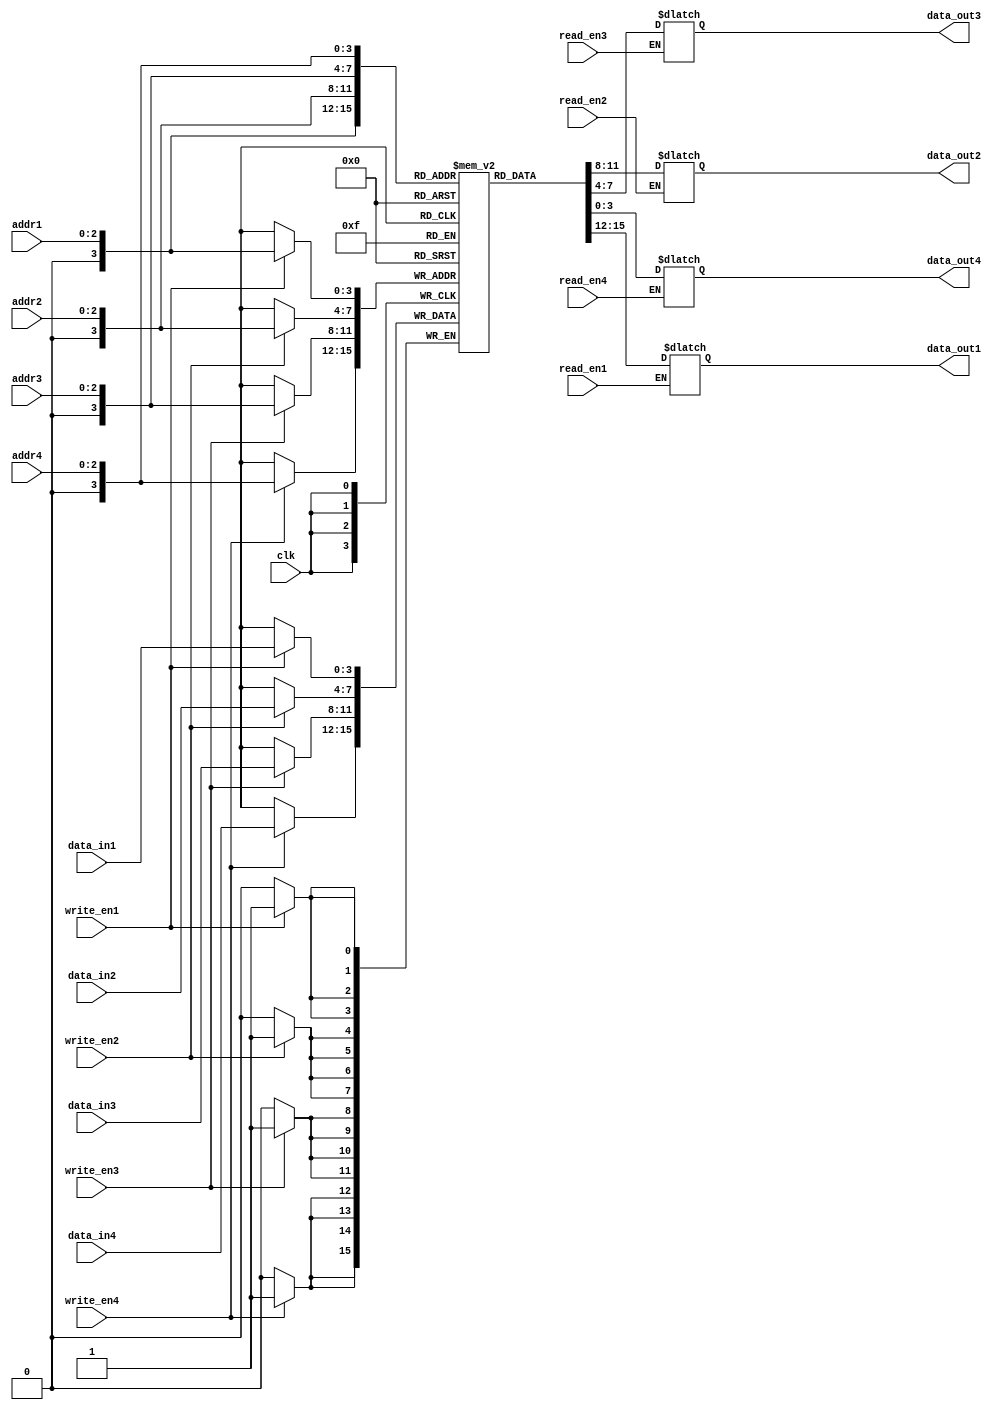
module memory_blocks_quad_port_reg_file (
  input clk,
  input [3:0] data_in1, data_in2, data_in3, data_in4,
  input [2:0] addr1, addr2, addr3, addr4,
  input write_en1, write_en2, write_en3, write_en4,
  input read_en1, read_en2, read_en3, read_en4,
  output reg [3:0] data_out1, data_out2, data_out3, data_out4
);

reg [3:0] reg_file [0:15]; // 16 registers, each storing 4-bit data

always @(posedge clk) begin
  if (write_en1) reg_file[addr1] <= data_in1;
  if (write_en2) reg_file[addr2] <= data_in2;
  if (write_en3) reg_file[addr3] <= data_in3;
  if (write_en4) reg_file[addr4] <= data_in4;
end

always @* begin
  if (read_en1) data_out1 <= reg_file[addr1];
  if (read_en2) data_out2 <= reg_file[addr2];
  if (read_en3) data_out3 <= reg_file[addr3];
  if (read_en4) data_out4 <= reg_file[addr4];
end

endmodule